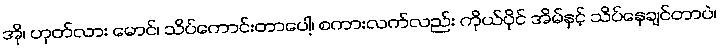
အို၊ ဟုတ်လား မောင်၊ သိပ်ကောင်းတာပေါ့၊ စကားလက်လည်း ကိုယ်ပိုင် အိမ်နှင့် သိပ်နေချင်တာပဲ၊